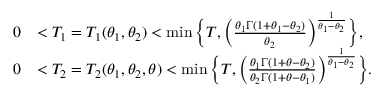
\begin{array} { r l } { 0 } & { < T _ { 1 } = T _ { 1 } ( \theta _ { 1 } , \theta _ { 2 } ) < \operatorname* { m i n } \Big \{ T , \Big ( \frac { \theta _ { 1 } \Gamma ( 1 + \theta _ { 1 } - \theta _ { 2 } ) } { \theta _ { 2 } } \Big ) ^ { \frac { 1 } { \theta _ { 1 } - \theta _ { 2 } } } \Big \} , } \\ { 0 } & { < T _ { 2 } = T _ { 2 } ( \theta _ { 1 } , \theta _ { 2 } , \theta ) < \operatorname* { m i n } \Big \{ T , \Big ( \frac { \theta _ { 1 } \Gamma ( 1 + \theta - \theta _ { 2 } ) } { \theta _ { 2 } \Gamma ( 1 + \theta - \theta _ { 1 } ) } \Big ) ^ { \frac { 1 } { \theta _ { 1 } - \theta _ { 2 } } } \Big \} . } \end{array}